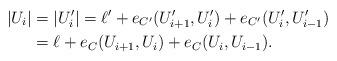
LaTeX: \begin{align*}|U_i|&=|U_i'|=\ell' +e_{C'}(U_{i+1}', U_i')+e_{C'}(U_i', U_{i-1}')\\&=\ell+e_C(U_{i+1}, U_i)+e_C(U_i, U_{i-1}).\end{align*}